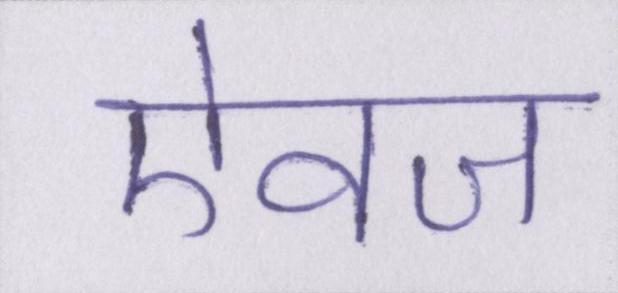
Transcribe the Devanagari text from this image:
ऐवज